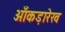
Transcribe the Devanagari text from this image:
आँकड़ारेख